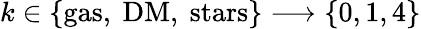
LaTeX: k\in\{ \mathrm{gas,~DM,~stars}\} \longrightarrow\{ 0,1,4\}